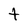
Character: t